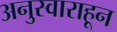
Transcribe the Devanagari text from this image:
अनुस्वाराहून